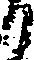
り